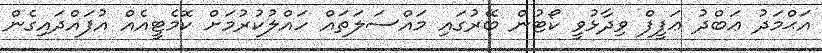
އަޙްމަދު ޢަބްދު ޢަފީފް ވިދާޅުވީ ކޯޓުން ބޭރުގައި މައްސަލަތައް ހައްލުކުރުމަށް ކޮމެޓީއެއް އުފައްދައިގެން